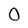
Character: 0